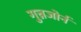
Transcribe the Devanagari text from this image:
गुन्नजोर्न